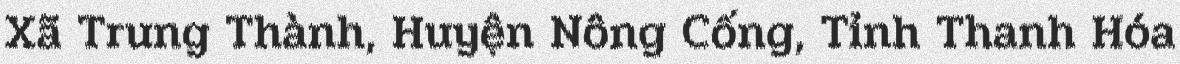
Xã Trung Thành, Huyện Nông Cống, Tỉnh Thanh Hóa